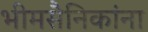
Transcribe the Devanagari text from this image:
भीमसैनिकांना